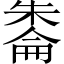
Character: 𪳔